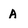
Character: A